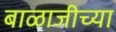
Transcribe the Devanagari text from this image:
बाळाजीच्या